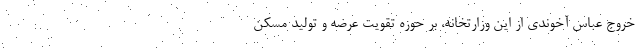
خروج عباس آخوندی از این وزارتخانه، بر حوزه تقویت عرضه و تولید مسکن